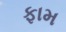
ફામ